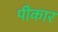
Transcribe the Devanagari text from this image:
पीकार